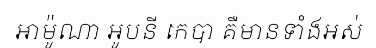
អាម៉ូណា អូបនី កេបា គឺមានទាំងអស់